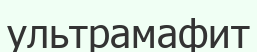
ультрамафит